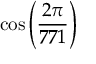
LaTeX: \cos \left( { \frac { 2 \pi } { 7 7 1 } } \right)